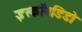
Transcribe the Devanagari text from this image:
इस्कॉनडिडो